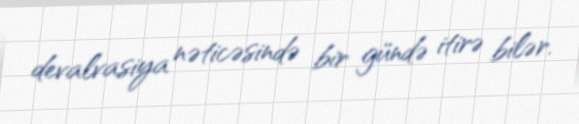
devalvasiya nəticəsində bir gündə itirə bilər.